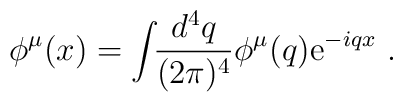
\phi^{\mu}(x)=\int\!\!{d^{4}q\over(2\pi)^{4}}	\phi^{\mu}(q){\rm e}^{-iqx}  \  .